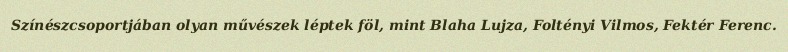
Színészcsoportjában olyan művészek léptek föl, mint Blaha Lujza, Foltényi Vilmos, Fektér Ferenc.